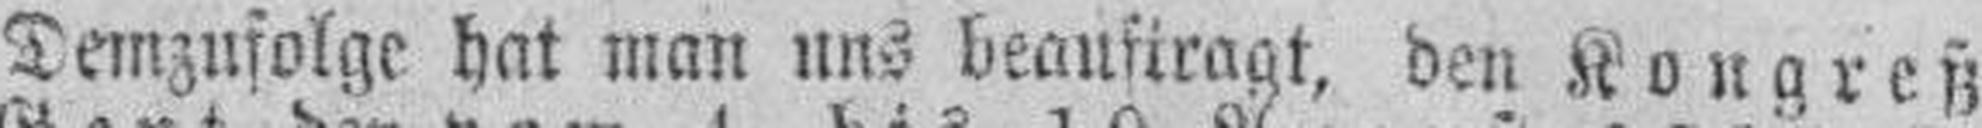
Demzufolge hat man uns beauftragt, den Kongreß